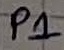
Text: P1